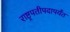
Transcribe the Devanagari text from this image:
राष्ट्रपतीपदापर्यंत